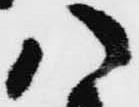
八